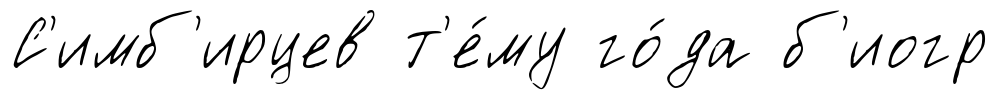
С'имб'ирцев т'е́му го́да б'иогр